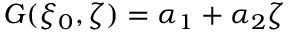
G ( \xi _ { 0 } , \zeta ) = \alpha _ { 1 } + \alpha _ { 2 } \zeta